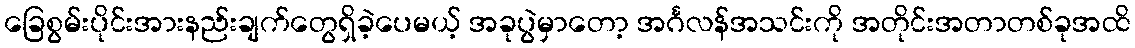
ခြေစွမ်းပိုင်းအားနည်းချက်တွေရှိခဲ့ပေမယ့် အခုပွဲမှာတော့ အင်္ဂလန်အသင်းကို အတိုင်းအတာတစ်ခုအထိ